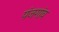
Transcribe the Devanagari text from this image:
पंजगांव